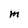
Character: M